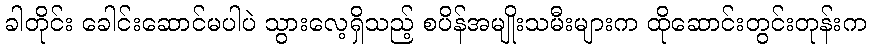
ခါတိုင်း ခေါင်းဆောင်မပါပဲ သွားလေ့ရှိသည့် စပိန်အမျိုးသမီးများက ထိုဆောင်းတွင်းတုန်းက